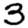
Digit: 3